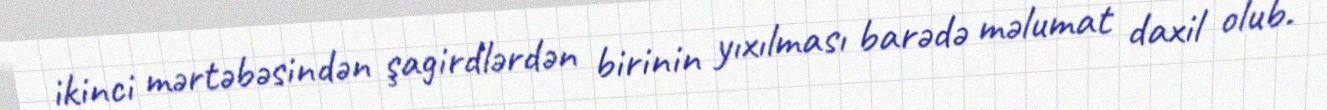
ikinci mərtəbəsindən şagirdlərdən birinin yıxılması barədə məlumat daxil olub.